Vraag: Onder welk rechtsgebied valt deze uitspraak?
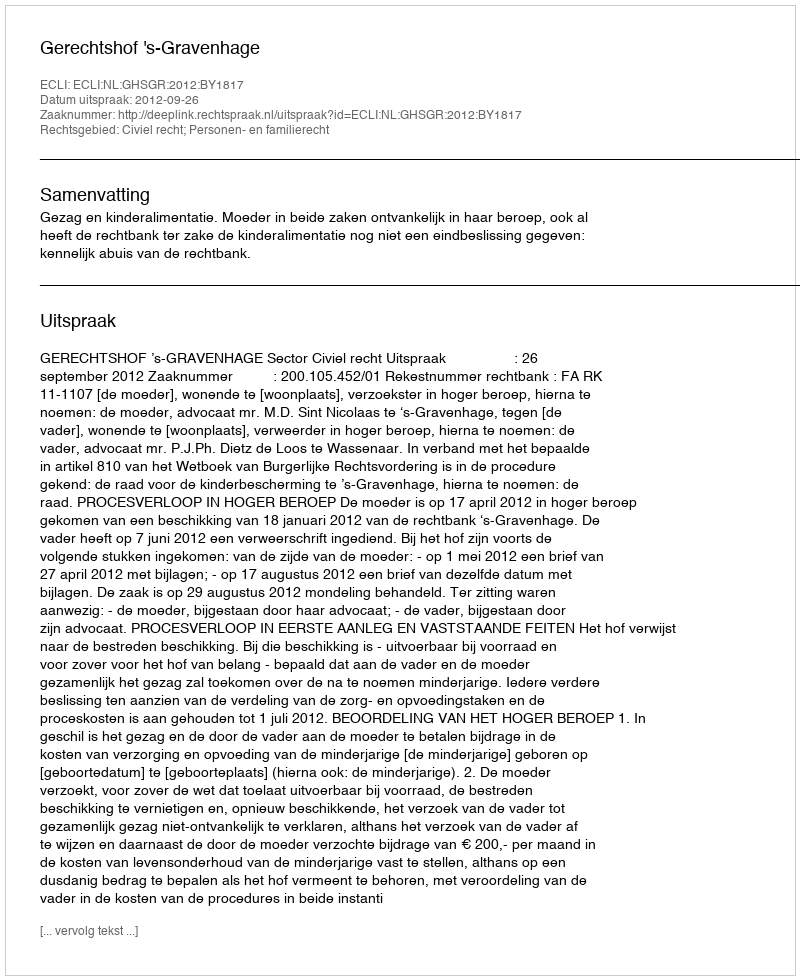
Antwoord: Civiel recht; Personen- en familierecht